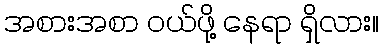
အစားအစာ ဝယ်ဖို့ နေရာ ရှိလား။